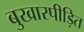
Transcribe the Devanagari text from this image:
बुखारपीड़ित